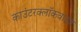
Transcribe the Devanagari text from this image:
काउंटरक्लॉकवाइज़